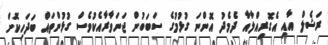
ރަޝެލް އާއި އެގޮރިއްލާއާ ދެމެދު އޮންނަ ގުޅުމުގެ ސަބަބުން ޖަނަވާރާއެކުވެސް ގުޅުންތައް ބަދަހިކޮށް